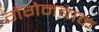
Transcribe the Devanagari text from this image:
गेंगेनबाक